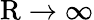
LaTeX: \mathrm{R}\to\infty